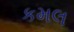
કમલ